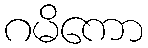
ဂမိကော